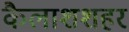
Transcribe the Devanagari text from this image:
कैलाशशहर